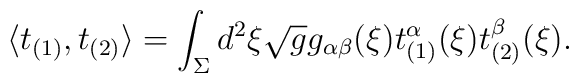
\langle t_{(1)},t_{(2)} \rangle = \int_{\Sigma} d^{2}\xi \sqrt{g}  g_{\alpha\beta}(\xi)t_{(1)}^{\alpha}(\xi)t_{(2)}^{\beta}(\xi).